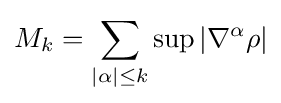
M_{k}=\sum _{|\alpha |\leq k}\sup |\nabla ^{\alpha }\rho |